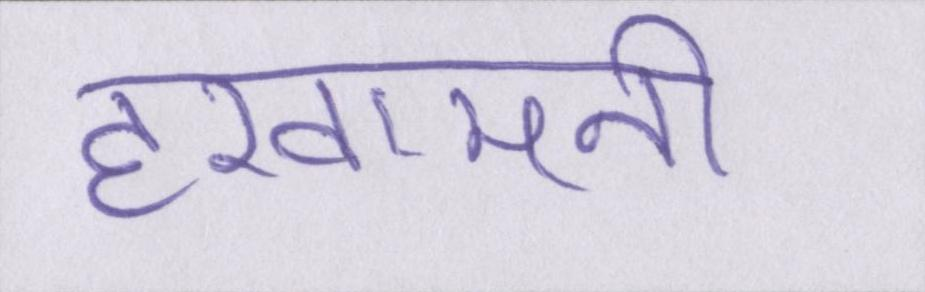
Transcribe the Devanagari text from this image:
हखामनी